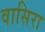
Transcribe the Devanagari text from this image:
वासिरा